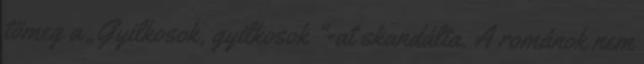
tömeg a „Gyilkosok, gyilkosok "-at skandálta. A románok nem